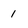
Character: 1